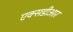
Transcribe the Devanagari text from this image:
एक्सडीआर